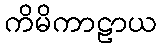
ကိမိကာဠာယ